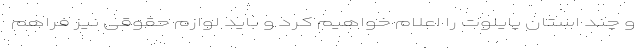
و چند استان پایلوت را اعلام خواهیم کرد و باید لوازم حقوقی نیز فراهم